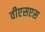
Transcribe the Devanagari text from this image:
वीएसएस